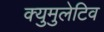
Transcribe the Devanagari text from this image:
क्युमुलेटिव